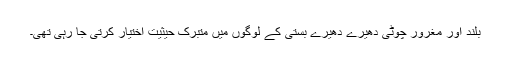
بلند اور مغرور چوٹی دھیرے دھیرے بستی کے لوگوں میں متبرک حیثیت اختیار کرتی جا رہی تھی۔